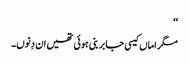
‘‘
مگر اماں کیسی جابر بنی ہوئی تھیں ان دِنوں۔